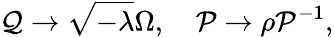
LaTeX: {\cal Q}\rightarrow\sqrt{-\lambda}\Omega,\quad{\cal P}\rightarrow\rho{\cal P}^{-1},